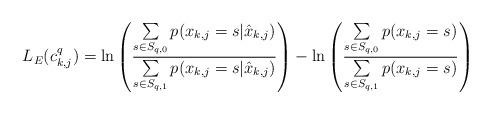
LaTeX: \begin{align*}L_E(c_{k,j}^q) = \ln & \left(\frac{\sum\limits_{s \in S_{q,0}} p(x_{k,j} = s \vert \hat{x}_{k,j})}{\sum\limits_{s\in S_{q,1}} p(x_{k,j} = s \vert \hat{x}_{k,j})}\right) - \ln\left(\frac{\sum\limits_{s\in S_{q,0}} p(x_{k,j} = s)}{\sum\limits_{s\in S_{q,1}} p(x_{k,j} = s)}\right) \end{align*}